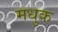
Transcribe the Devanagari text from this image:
मधुक